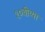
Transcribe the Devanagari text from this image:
१०वीच्या